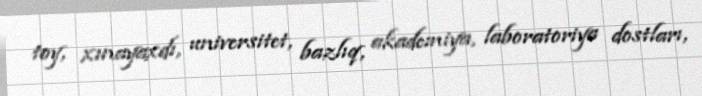
toy, xınayaxdı, universitet, bazlıq, akademiya, laboratoriya dostları,